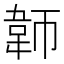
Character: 𬰪